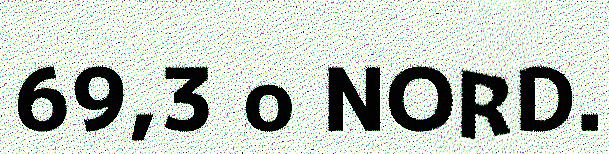
69,3 o NORD.